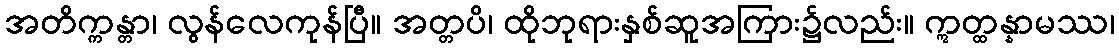
အတိက္ကန္တာ၊ လွန်လေကုန်ပြီ။ အတ္တပိ၊ ထိုဘုရားနှစ်ဆူအကြား၌လည်း။ ဣတ္ထန္နာမဿ၊